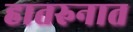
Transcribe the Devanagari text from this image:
हातरुनात